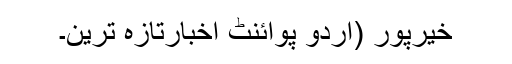
خیرپور (اُردو پوائنٹ اخبارتازہ ترین۔